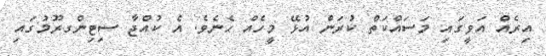
އިރެއް އަވީގައި މަސައްކަތް ކުރަން އުޅޭ މީހެއް ހެނެވެ. އެ ކުއްޖާ ސިޓިންގރޫމުގައި